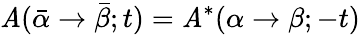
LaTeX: \mathit{A}(\bar{{\alpha}}\rightarrow\bar{{\beta}};t)=\mathit{A}^{*}(\alpha\rightarrow\beta;-t)